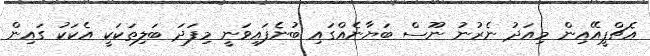
އެޗްޕީއޭއިން މިއަދު ނެރުނު ނޫސް ބަޔާނެއްގައި ބުނެފައިވަނީ މިފަދަ ބަލިތަކަކީ އެކަކު ގައިން